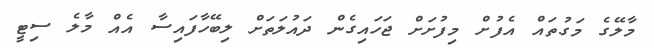
މާލޭގެ މަގުތައް އެފުށް މިފުށަށް ޖަހައިގެން ދައުލަތަށް ލިބޭހާފައިސާ އެއް މާލެ ސިޓީ